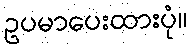
ဥပမာပေးထားပုံ။